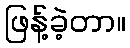
ဖြန့်ခဲ့တာ။